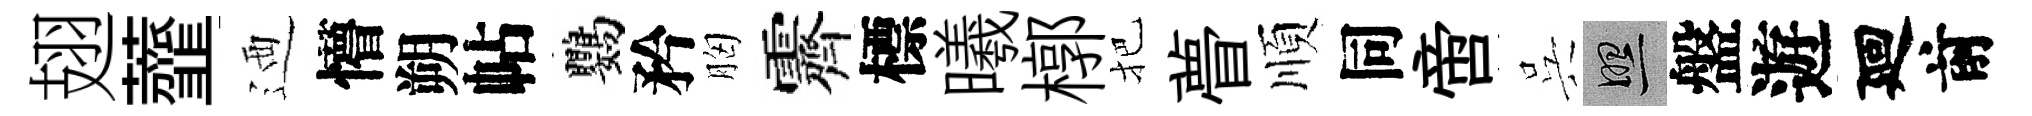
翅虀迺懵朔帖鸚矜胸霽標曦槨把瞢順同啻呉照盤遊廻前